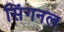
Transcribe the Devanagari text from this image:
सिंगनल